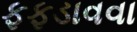
ફફડાવવા